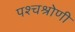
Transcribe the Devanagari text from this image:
पश्चश्रोणी